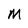
Character: M